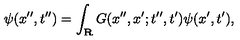
\psi ( x ^ { \prime \prime } , t ^ { \prime \prime } ) = \int _ { \bf R } G ( x ^ { \prime \prime } , x ^ { \prime } ; t ^ { \prime \prime } , t ^ { \prime } ) \psi ( x ^ { \prime } , t ^ { \prime } ) ,